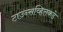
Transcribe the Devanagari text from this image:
टाउन्सव्हिलकडे